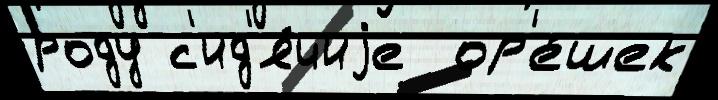
роду с'ид'я́чиjе  ор'е́шек